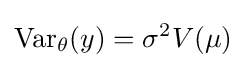
\operatorname {Var} _{\theta }(y)=\sigma ^{2}V(\mu )